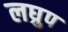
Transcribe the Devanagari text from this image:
लघ्रुप